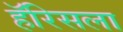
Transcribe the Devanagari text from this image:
हॅरिसला